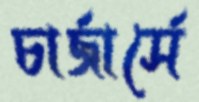
চার্জার্সে